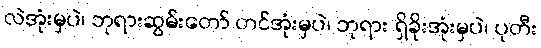
လဲအုံးမှပဲ၊ ဘုရားဆွမ်းတော် တင်အုံးမှပဲ၊ ဘုရား ရှိခိုးအုံးမှပဲ၊ ပုတီး